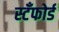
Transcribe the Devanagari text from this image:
स्टँफोर्ड